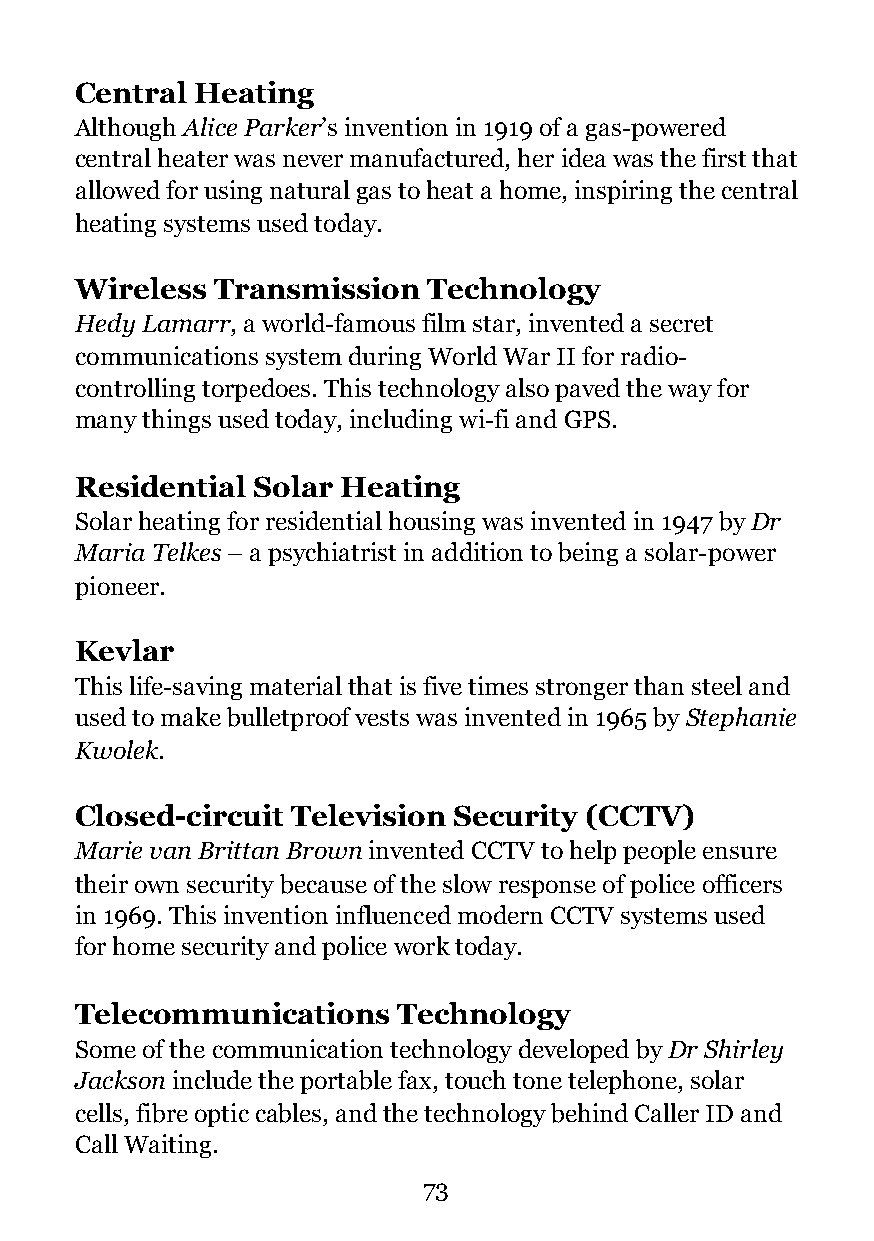
Central Heating
 Although Alice Parker’s invention in 1919 of a gas-powered
 central heater was never manufactured, her idea was the first that
 allowed for using natural gas to heat a home, inspiring the central
 heating systems used today.
 Wireless Transmission  Technology
 Hedy Lamarr, a world-famous film star, invented a secret
 communications system during World War II for radio-
 controlling torpedoes. This technology also paved the way for
 many things used today, including wi-fi and GPS.
 Residential Solar Heating
 Solar heating for residential housing was invented in 1947 by Dr
 Maria Telkes – a psychiatrist in addition to being a solar-power
 pioneer.
 Kevlar
 This life-saving material that is five times stronger than steel and
 used to make bulletproof vests was invented in 1965 by Stephanie
 Kwolek.
 Closed-circuit Television Security (CCTV)
 Marie van Brittan Brown invented CCTV to help people ensure
 their own security because of the slow response of police officers
 in 1969. This invention influenced modern CCTV systems used
 for home security and police work today.
 Telecommunications   Technology
 Some of the communication technology developed by Dr Shirley
 Jackson include the portable fax, touch tone telephone, solar
 cells, fibre optic cables, and the technology behind Caller ID and
 Call Waiting.
 !73